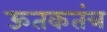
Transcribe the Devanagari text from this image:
ऊतकतंत्र